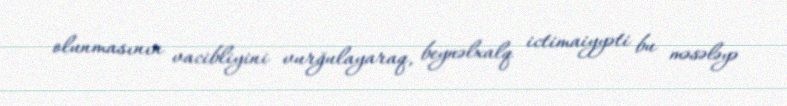
olunmasının vacibliyini vurğulayaraq, beynəlxalq ictimaiyyəti bu məsələyə